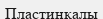
Пластинкалы